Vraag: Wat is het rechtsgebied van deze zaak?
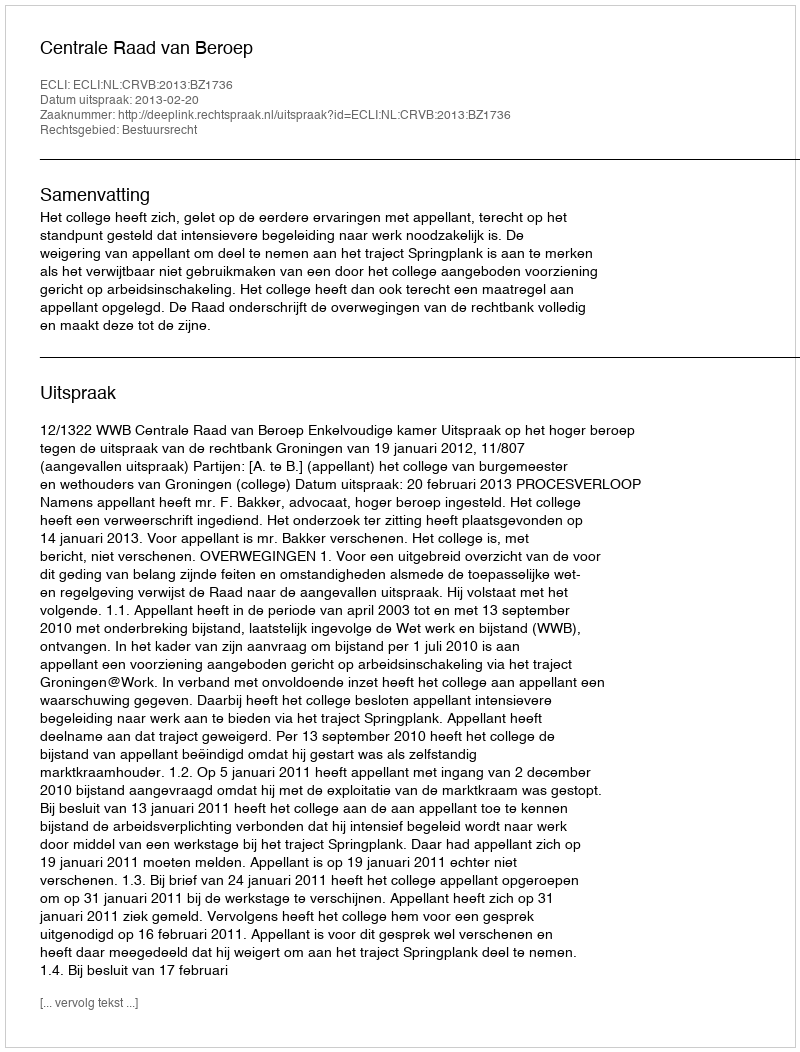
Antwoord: Bestuursrecht